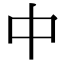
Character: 中